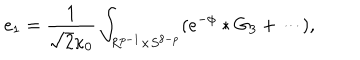
LaTeX: e _ { 1 } = \frac { 1 } { \sqrt { 2 } \kappa _ { 0 } } \int _ { R ^ { p - 1 } \times S ^ { 8 - p } } ( e ^ { - \phi } \ast G _ { 3 } + \cdots ) ,